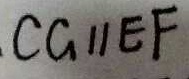
C G / / E F